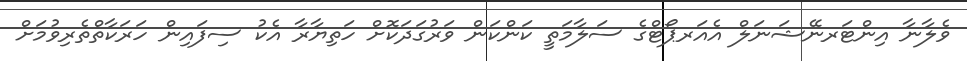
ވެލާނާ އިންޓަރނޭޝަނަލް އެއަރޕޯޓްގެ ސަލާމަތީ ކަންކަން ވަރުގަދަކޮށް ހަތިޔާރާ އެކު ސިފައިން ހަރަކާތްތެރިވުމަށް